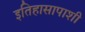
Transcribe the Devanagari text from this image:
इतिहासापाशी